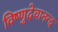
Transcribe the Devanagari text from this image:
विष्णुदेवानन्द